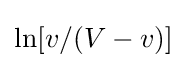
\ln[v/(V-v)]